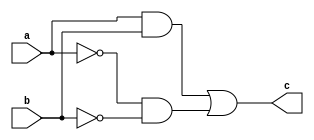
`timescale 1ps/1ps

module BitEquality (
    input a,b,
    output c
);

assign c = (a & b) | (~a & ~b);
    
endmodule